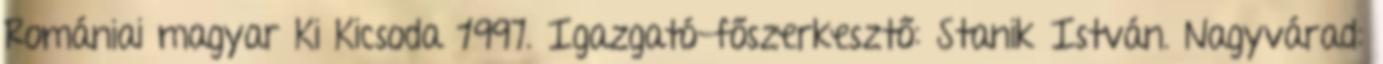
Romániai magyar Ki Kicsoda 1997. Igazgató-főszerkesztő: Stanik István. Nagyvárad: